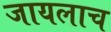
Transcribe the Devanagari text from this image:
जायलाच